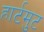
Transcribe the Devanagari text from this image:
हार्टमुट